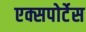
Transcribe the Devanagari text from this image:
एक्सपोर्टेस